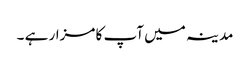
مدینہ میں آپ کا مزار ہے ۔